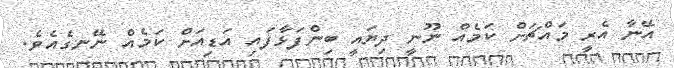
އޭނާ އެރީ މައްޗަށް ކަމެއް ނޫނީ ދިޔައީ ބިންފަޅާފައި އަޑިއަށް ކަމެއް ނޭނގެއެވެ.